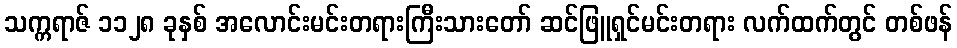
သက္ကရာဇ် ၁၁၂၈ ခုနှစ် အလောင်းမင်းတရားကြီးသားတော် ဆင်ဖြူရှင်မင်းတရား လက်ထက်တွင် တစ်ဖန်